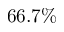
6 6 . 7 \%